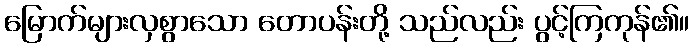
မြောက်များလှစွာသော တောပန်းတို့ သည်လည်း ပွင့်ကြကုန်၏။